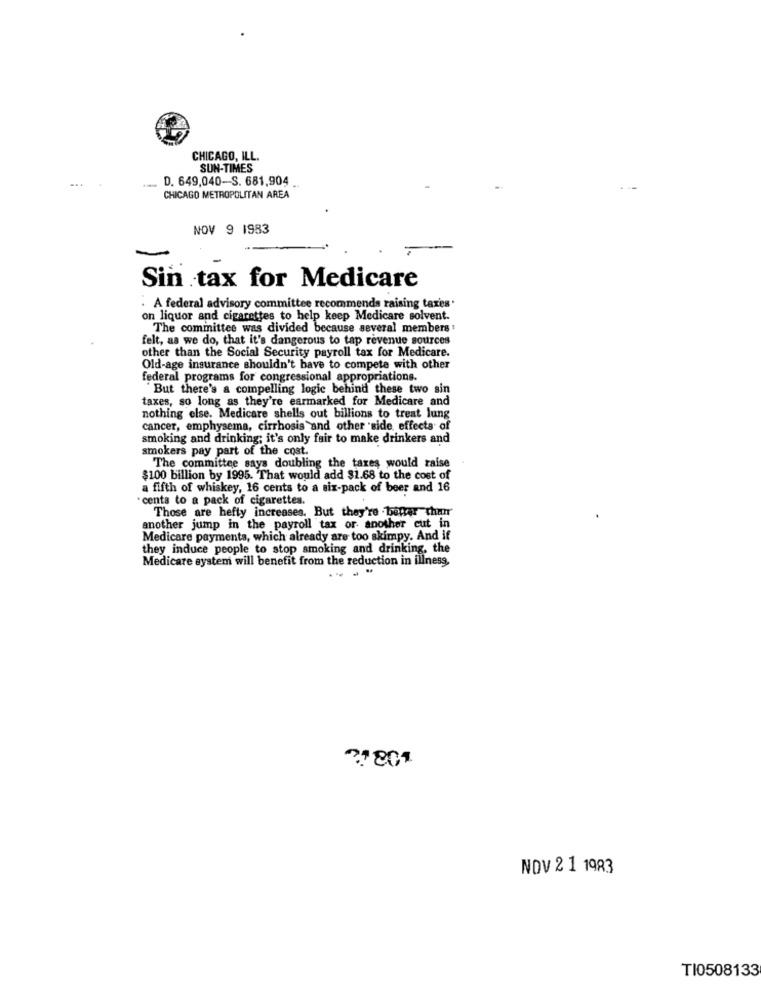
CHICAGO, ILL.
SUN-TIMES
D. 649,040-S. 681,904
CHICAGO METROPOLITAN AREA
NOV 9 1983
Sin tax for Medicare
: A federal advisory committee recommends raising taxes.
on liquor and cigarettes to help keep Medicare solvent.
The committee was divided because several members ;
felt, as we do, that it's dangerous to tap revenue sources
other than the Social Security payroll tax for Medicare.
Old-age insurance shouldn't have to compete with other
federal programs for congressional appropriations.
"But there's a compelling logic behind these two sin
taxes, so long as they're earmarked for Medicare and
nothing else. Medicare shells out billions to treat lung
cancer, emphysema, cirrhosis and other side effects of
smoking and drinking; it's only fair to make drinkers and
smokers pay part of the cost.
The committee says doubling the taxes would raise
$100 billion by 1995. That would add $1.68 to the cost of
a fifth of whiskey, 16 cents to a six-pack of beer and 16
· cents to a pack of cigarettes.
Those are hefty increases. But they're . baner then
another jump in the payroll tax or another cut in
Medicare payments, which already are too skimpy. And if
they induce people to stop smoking and drinking, the
Medicare system will benefit from the reduction in illness.
2,801
NOV 2 1 1983
TI0508133